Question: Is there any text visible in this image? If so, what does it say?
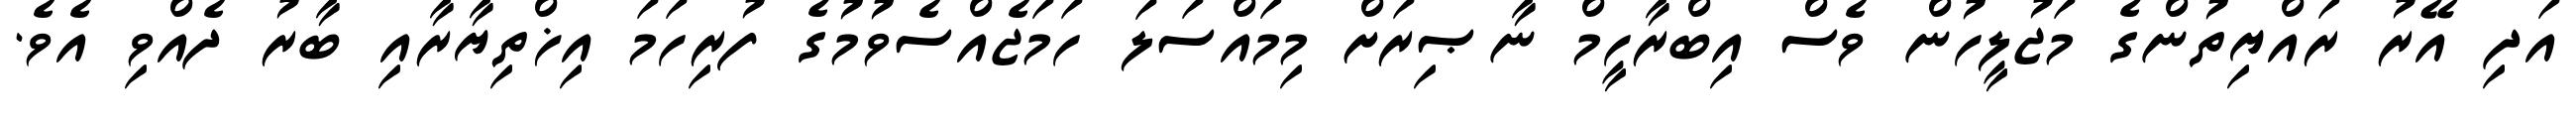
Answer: އަދި އޭރު ރައްޔިތުންގެ މަޖުލީހުން ވެސް އިބްރާހީމް ނާޞިރަށް މިމައްސަލަ ހަމަޖެއްސެވުމުގެ ފުރިހަމަ އިޚްތިޔާރާއި ބާރު ދެއްވި އެވެ.